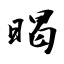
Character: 暍